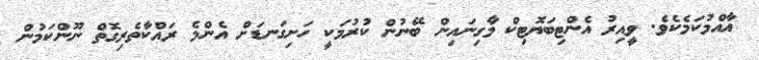
އާއްމުކަމެކެވެ. ވީއިރު އެންޓިބަޔޮޓިކް މާގިނައިން ބޭނުން ކުރުމަކީ ހަށިގަނޑަށް އެންމެ ރައްކާތެރިގޮތް ނޫންކަމުން